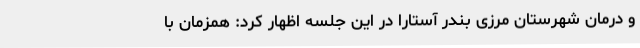
و درمان شهرستان مرزی بندر آستارا در این جلسه اظهار کرد: همزمان با